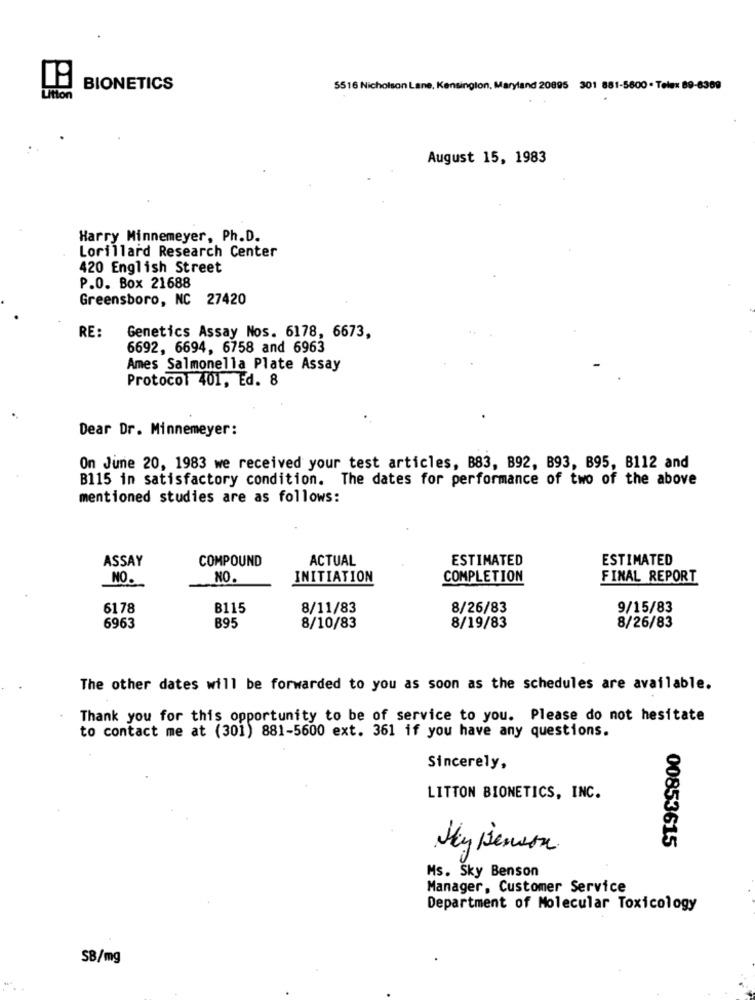
BIONETICS
5516 Nicholson Lane, Kensington, Maryland 20895 301 881-5600 . Telex 89-6309
Litton
August 15, 1983
Harry Minnemeyer, Ph.D.
Lorillard Research Center
420 English Street
P.O. Box 21688
Greensboro, NC 27420
RE:
Genetics Assay Nos. 6178, 6673,
6692, 6694, 6758 and 6963
Ames Salmonella Plate Assay
Protocol 401, Ed. 8
Dear Dr. Minnemeyer:
On June 20, 1983 we received your test articles, B83, B92, B93, B95, B112 and
B115 in satisfactory condition. The dates for performance of two of the above
mentioned studies are as follows:
ASSAY
COMPOUND
ACTUAL
ESTIMATED
ESTIMATED
NO.
NO.
INITIATION
COMPLETION
FINAL REPORT
6178
B115
8/11/83
8/26/83
9/15/83
6963
895
8/26/83
8/10/83
8/19/83
The other dates will be forwarded to you as soon as the schedules are available.
Thank you for this opportunity to be of service to you. Please do not hesitate
to contact me at (301) 881-5600 ext. 361 if you have any questions.
Sincerely,
LITTON BIONETICS, INC.
My Benson
00853615
Ms. Sky Benson
Manager, Customer Service
Department of Molecular Toxicology
SB/mg